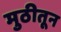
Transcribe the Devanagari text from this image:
मुठीतून